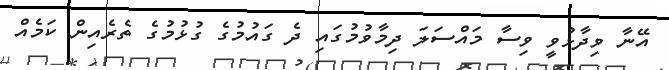
އޭނާ ވިދާޅުވީ ވިސާ މައްސަލަ ދިމާވުމުގައި ދެ ގައުމުގެ ގުޅުމުގެ ތެރެއިން ކަމެއް